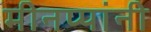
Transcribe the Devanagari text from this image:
मीनप्पांनी